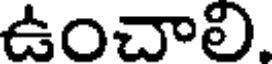
ఉంచాలి.